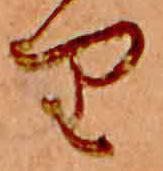
り